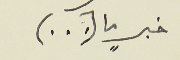
خبرٍ ما (...)